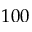
1 0 0